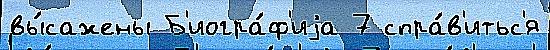
вы́сажены Б'иогра́ф'иjа 7 спра́в'итьс'я